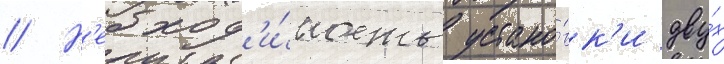
// Н'еобход'и́мость устано́вк'и дву́х